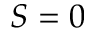
S = 0